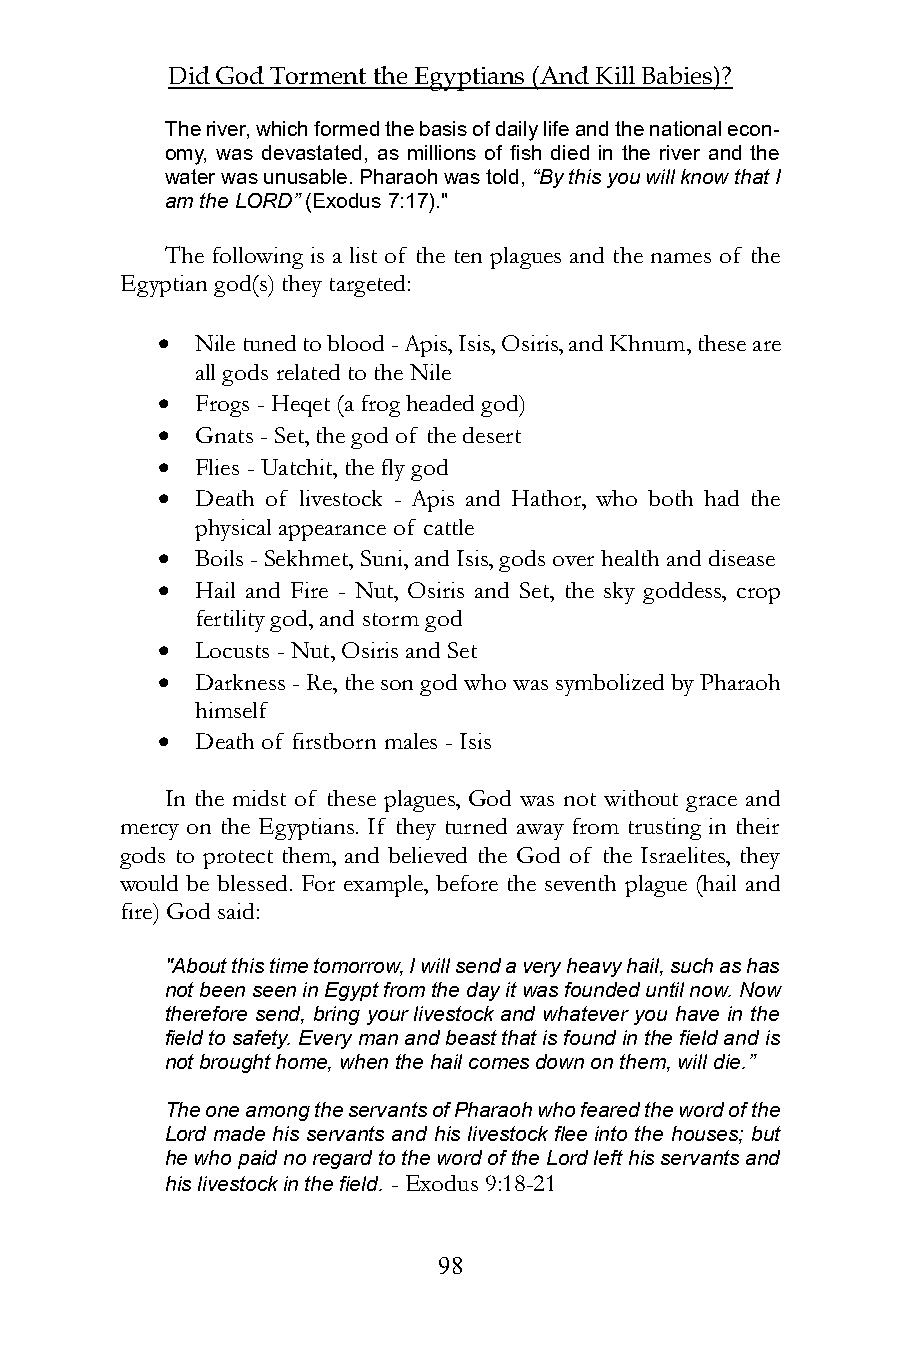
Did God Torment the Egyptians (And Kill Babies)?
 The river, which formed the basis of daily life and the national econ-
 omy, was devastated, as millions of fish died in the river and the
 water was unusable. Pharaoh was told, “By this you will know that I
 am the LORD” (Exodus 7:17)."
 The following is a list of the ten plagues and the names of the
 Egyptian god(s) they targeted:
   Nile tuned to blood - Apis, Isis, Osiris, and Khnum, these are
 all gods related to the Nile
   Frogs - Heqet (a frog headed god)
   Gnats - Set, the god of the desert
   Flies - Uatchit, the fly god
   Death of livestock - Apis and Hathor, who both had the
 physical appearance of cattle
   Boils - Sekhmet, Suni, and Isis, gods over health and disease
   Hail and Fire - Nut, Osiris and Set, the sky goddess, crop
 fertility god, and storm god
   Locusts - Nut, Osiris and Set
   Darkness - Re, the son god who was symbolized by Pharaoh
 himself
   Death of firstborn males - Isis
 In the midst of these plagues, God was not without grace and
 mercy on the Egyptians. If they turned away from trusting in their
 gods to protect them, and believed the God of the Israelites, they
 would be blessed. For example, before the seventh plague (hail and
 fire) God said:
 "About this time tomorrow, I will send a very heavy hail, such as has
 not been seen in Egypt from the day it was founded until now. Now
 therefore send, bring your livestock and whatever you have in the
 field to safety. Every man and beast that is found in the field and is
 not brought home, when the hail comes down on them, will die.”
 The one among the servants of Pharaoh who feared the word of the
 Lord made his servants and his livestock flee into the houses; but
 he who paid no regard to the word of the Lord left his servants and
 his livestock in the field. - Exodus 9:18-21
 98